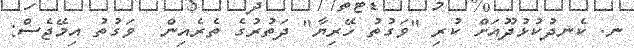
ނ. ކެނދުކުޅުދޫއަށް ކުރި "ވަގުތު ހޭރިޔާ" ދަތުރުގެ ތެރެއިން  ވަގުތު އިމޭޖެސް: